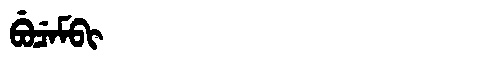
Manchu: ᠪᡠᠴᡝᠮᠪᡳ
Romanization: BUCEMBI